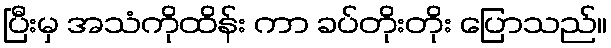
ပြီးမှ အသံကိုထိန်း ကာ ခပ်တိုးတိုး ပြောသည်။